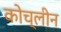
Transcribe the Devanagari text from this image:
कोच्लीन